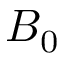
B _ { 0 }